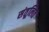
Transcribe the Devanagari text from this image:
संतूलित